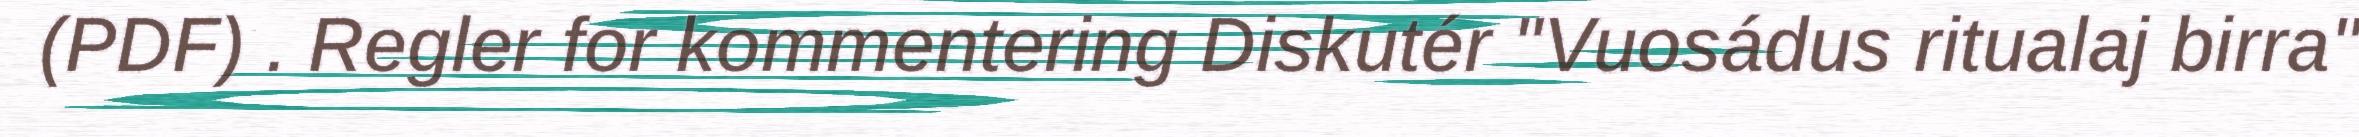
(PDF) . Regler for kommentering Diskutér "Vuosádus ritualaj birra"